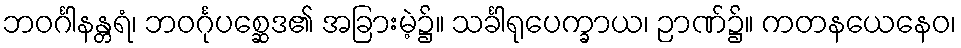
ဘဝင်္ဂါနန္တရံ၊ ဘဝင်္ဂုပစ္ဆေဒ၏ အခြားမဲ့၌။ သင်္ခါရုပေက္ခာယ၊ ဉာဏ်၌။ ကတနယေနေဝ၊